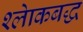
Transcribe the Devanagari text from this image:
श्लाेकबद्ध